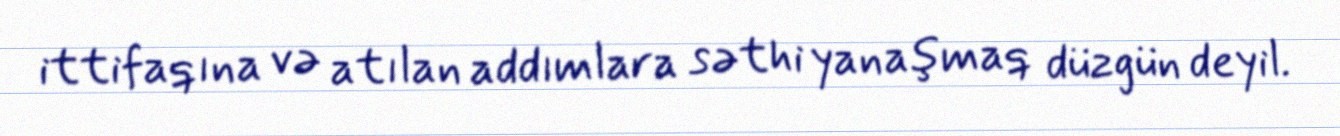
ittifaqına və atılan addımlara səthi yanaşmaq düzgün deyil.